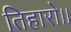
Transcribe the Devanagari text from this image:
तिहारो।।